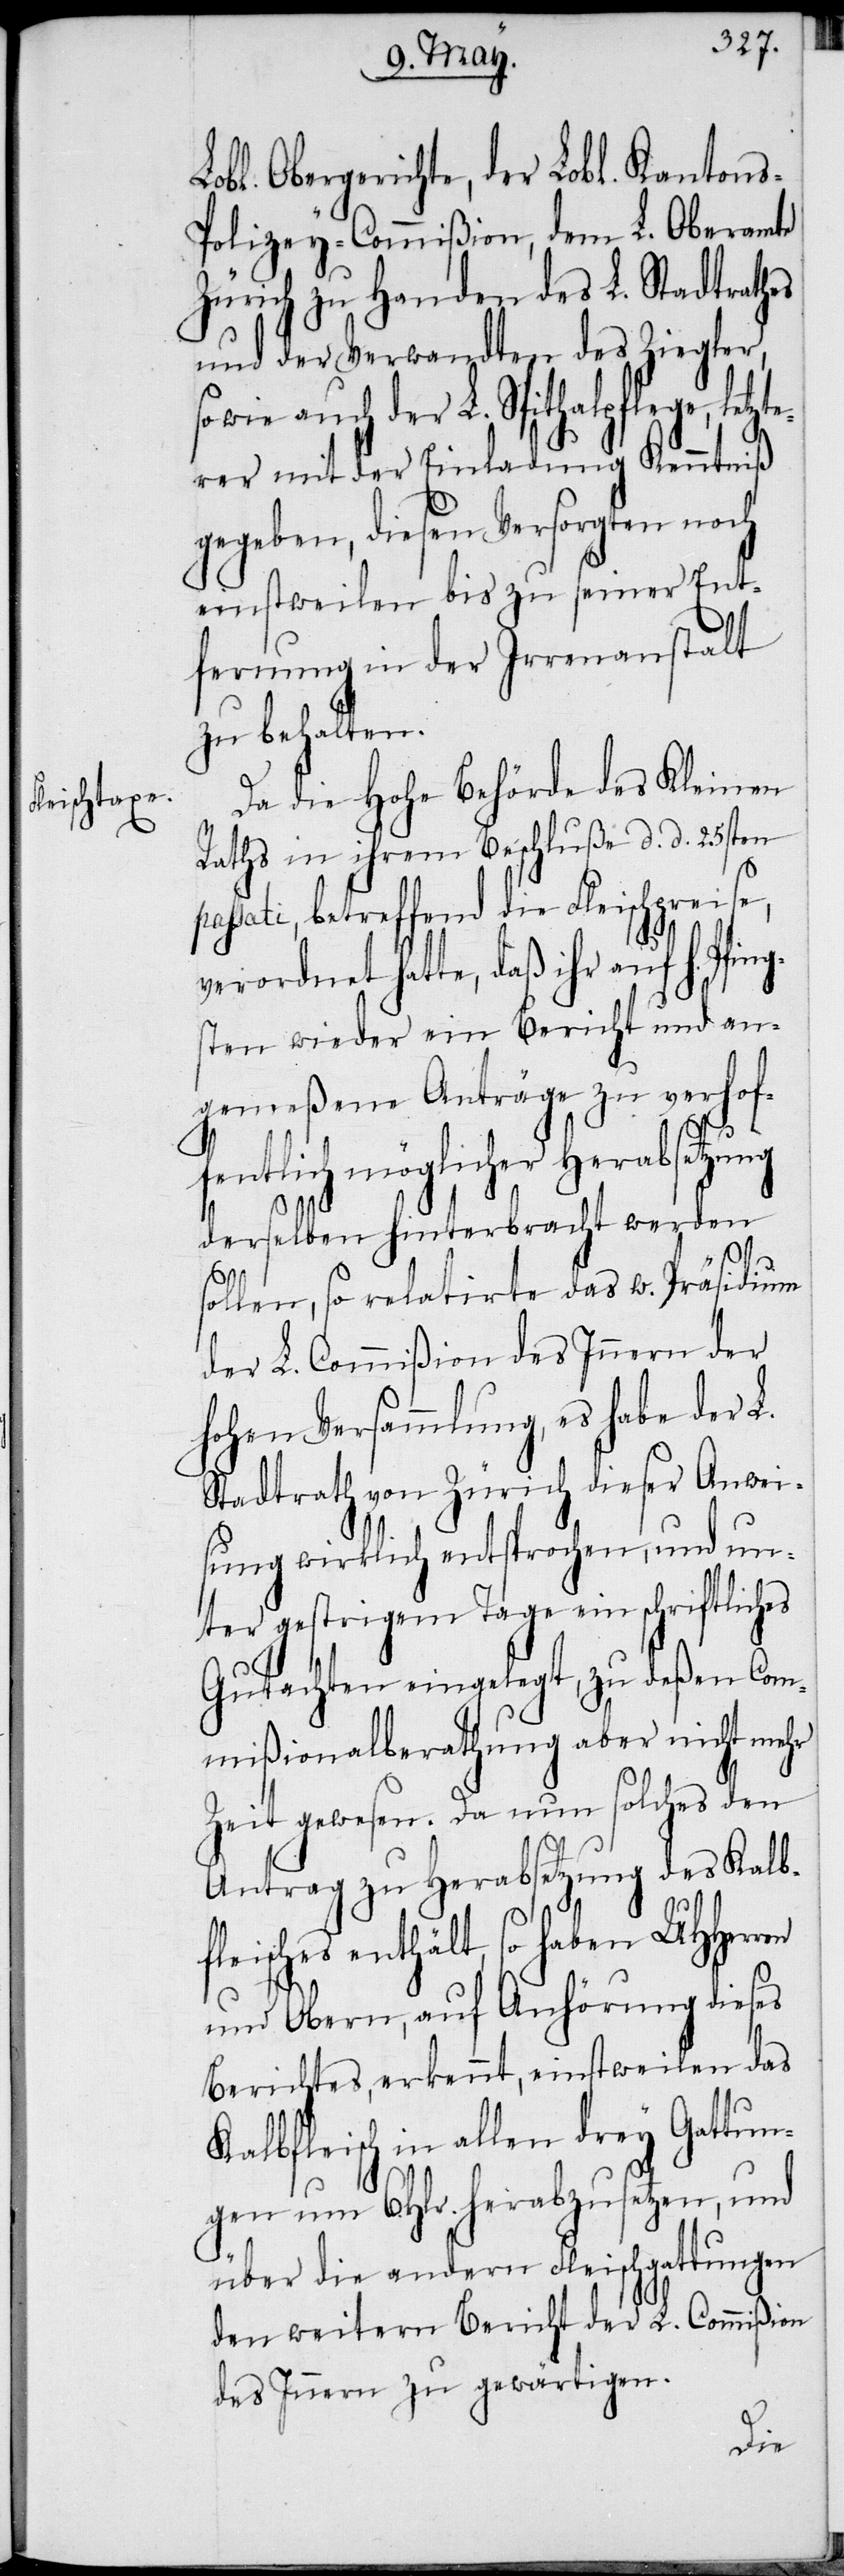
Lobl. Obergerichte, der Lobl. Kanton¬
olizey-Commißion, dem L. Oberamte
Zürich zu Handen des L. Stadtrathes
und der Verwandten des Ziegler,
sowie auch der L. Spithalpflege, let¬
zterer mit der Einladung Kenntniß
gegeben, diesen Versorgten noch
einstweilen bis zu seiner Ent¬
fernung in der Irrenanstalt
zu behalten.
Da die Hohe Behörde des Kleinen
Raths in ihrem Beschluße d. d. 25sten
assati, betreffend die Fleischpreise,
verordnet hatte, daß ihr auf h. Pfin¬
gsten wieder ein Bericht und an¬
gemeßene Anträge zu verhof¬
fentlich möglicher Herabsetzung
derselben hinterbracht werden
sollen, so relatirte das w. Präsidium
der L. Commißion des Innern der
hohen Versammlung, es habe der L.
Stadtrath von Zürich dieser Anwei¬
sung wirklich entsprochen, und un¬
ter gestrigem Tage ein schriftliches
Gutachten eingelegt, zu deßen Co¬
mmißionalberathung aber nicht mehr
Zeit gewesen. Da nun solches den
Antrag zu Herabsetzung des Kalb¬
fleisches enthält, so haben UHHerren
und Obern, auf Anhörung dieses
Berichtes, erkennt, einstweilen das
Kalbfleisch in allen drey Gattun¬
gen um 6. Hlr. herabzusetzen, und
über die andern Fleischgattungen
den weitern Bericht der L. Commißion
des Innern zu gewärtigen.
p¬